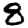
Digit: 8